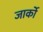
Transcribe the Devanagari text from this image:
जार्को